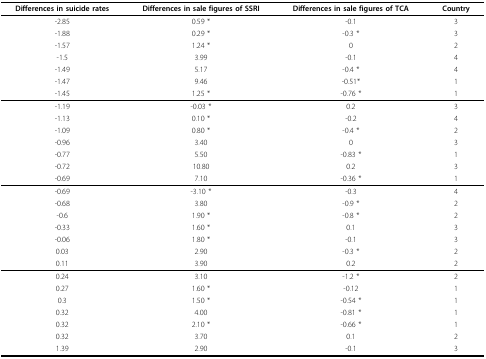
<table><thead><tr><td><b>Differences in suicide rates</b></td><td><b>Differences in sale figures of SSRI</b></td><td><b>Differences in sale figures of TCA</b></td><td><b>Country</b></td></tr></thead><tbody><tr><td>-2.85</td><td>0.59 *</td><td>-0.1</td><td>3</td></tr><tr><td>-1.88</td><td>0.29 *</td><td>-0.3 *</td><td>3</td></tr><tr><td>-1.57</td><td>1.24 *</td><td>0</td><td>2</td></tr><tr><td>-1.5</td><td>3.99</td><td>-0.1</td><td>4</td></tr><tr><td>-1.49</td><td>5.17</td><td>-0.4 *</td><td>4</td></tr><tr><td>-1.47</td><td>9.46</td><td>-0.51*</td><td>1</td></tr><tr><td>-1.45</td><td>1.25 *</td><td>-0.76 *</td><td>1</td></tr><tr><td>-1.19</td><td>-0.03 *</td><td>0.2</td><td>3</td></tr><tr><td>-1.13</td><td>0.10 *</td><td>-0.2</td><td>4</td></tr><tr><td>-1.09</td><td>0.80 *</td><td>-0.4 *</td><td>2</td></tr><tr><td>-0.96</td><td>3.40</td><td>0</td><td>3</td></tr><tr><td>-0.77</td><td>5.50</td><td>-0.83 *</td><td>1</td></tr><tr><td>-0.72</td><td>10.80</td><td>0.2</td><td>3</td></tr><tr><td>-0.69</td><td>7.10</td><td>-0.36 *</td><td>1</td></tr><tr><td>-0.69</td><td>-3.10 *</td><td>-0.3</td><td>4</td></tr><tr><td>-0.68</td><td>3.80</td><td>-0.9 *</td><td>2</td></tr><tr><td>-0.6</td><td>1.90 *</td><td>-0.8 *</td><td>2</td></tr><tr><td>-0.33</td><td>1.60 *</td><td>0.1</td><td>3</td></tr><tr><td>-0.06</td><td>1.80 *</td><td>-0.1</td><td>3</td></tr><tr><td>0.03</td><td>2.90</td><td>-0.3 *</td><td>2</td></tr><tr><td>0.11</td><td>3.90</td><td>0.2</td><td>2</td></tr><tr><td>0.24</td><td>3.10</td><td>-1.2 *</td><td>2</td></tr><tr><td>0.27</td><td>1.60 *</td><td>-0.12</td><td>1</td></tr><tr><td>0.3</td><td>1.50 *</td><td>-0.54 *</td><td>1</td></tr><tr><td>0.32</td><td>4.00</td><td>-0.81 *</td><td>1</td></tr><tr><td>0.32</td><td>2.10 *</td><td>-0.66 *</td><td>1</td></tr><tr><td>0.32</td><td>3.70</td><td>0.1</td><td>2</td></tr><tr><td>1.39</td><td>2.90</td><td>-0.1</td><td>3</td></tr></tbody></table>